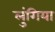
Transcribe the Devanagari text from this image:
लुंगिया